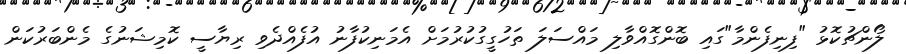
ލޯންޗުކޮޅު "ފިނިފެންމާ"ގައި ބޮންގޮއްވާލި މައްސަލަ ތަހުގީގުކުރުމަށް އެމަނިކުފާނު އުފެއްދެވި ރިޔާސީ ކޮމިޝަނުގެ މެންބަރުކަން